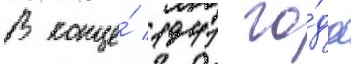
В конце́ 1941 го́да